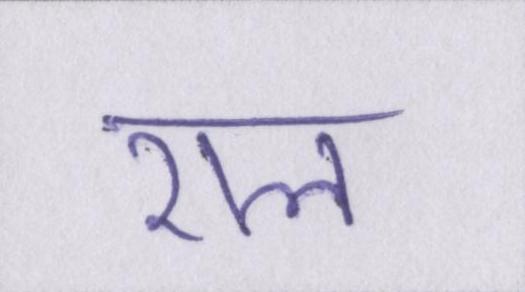
राल